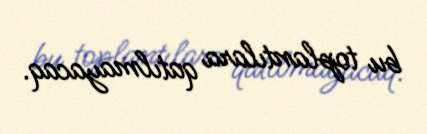
bu toplantılara qatılmayacaq.